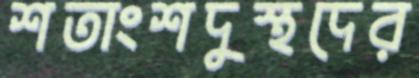
শতাংশদুস্থদের